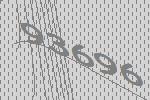
93696